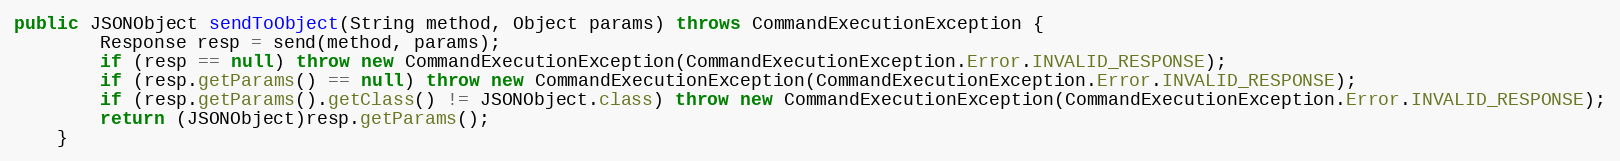
Language: Java
public JSONObject sendToObject(String method, Object params) throws CommandExecutionException {
        Response resp = send(method, params);
        if (resp == null) throw new CommandExecutionException(CommandExecutionException.Error.INVALID_RESPONSE);
        if (resp.getParams() == null) throw new CommandExecutionException(CommandExecutionException.Error.INVALID_RESPONSE);
        if (resp.getParams().getClass() != JSONObject.class) throw new CommandExecutionException(CommandExecutionException.Error.INVALID_RESPONSE);
        return (JSONObject)resp.getParams();
    }